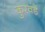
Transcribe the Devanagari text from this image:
कुरवंडे